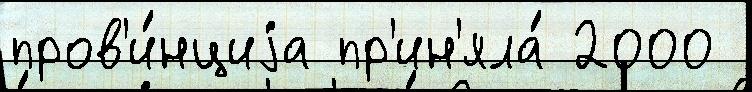
пров'и́нциjа пр'ин'яла́ 2000